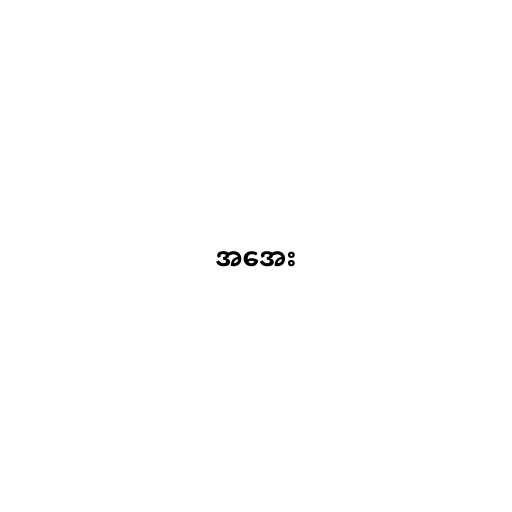
အအေး